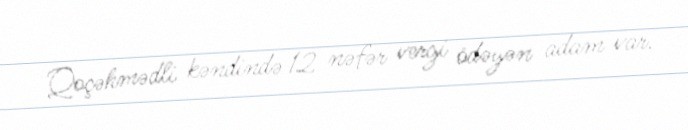
Qoçəhmədli kəndində 12 nəfər vergi ödəyən adam var.